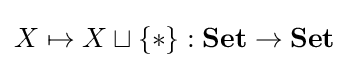
X\mapsto X\sqcup \{*\}:\mathbf {Set} \to \mathbf {Set}